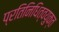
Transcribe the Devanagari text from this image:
प्रतिनिधित्वयुक्त